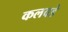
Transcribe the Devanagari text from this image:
कलवडे